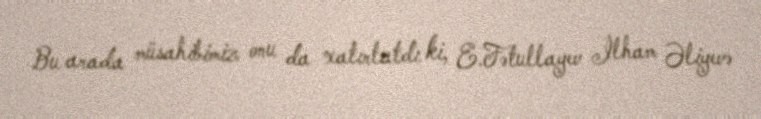
Bu arada müsahibimiz onu da xatırlatdı ki, E.Fətullayev İlham Əliyevə